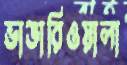
ভাঙারিওয়ালা